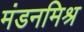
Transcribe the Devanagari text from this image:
मंडनमिश्र